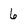
Character: 6